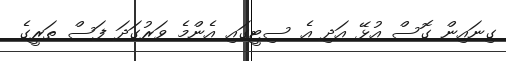
ގިނައިން ގޮސް އުޅޭ އަދި އެ ސިޓީގައި އެންމެ ވަރުގަދަ ފަސް ތަރީގެ